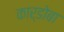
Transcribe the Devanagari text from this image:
कार्डोबा